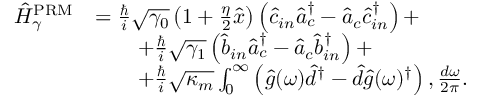
\begin{array} { r l } { \hat { H } _ { \gamma } ^ { \mathrm { P R M } } } & { = \frac { \hslash } { i } \sqrt { \gamma _ { 0 } } \left( 1 + \frac { \eta } { 2 } \hat { x } \right) \left( \hat { c } _ { i n } \hat { a } _ { c } ^ { \dagger } - \hat { a } _ { c } \hat { c } _ { i n } ^ { \dag } \right) + } \\ & { \qquad + \frac { \hslash } { i } \sqrt { \gamma _ { 1 } } \left( \hat { b } _ { i n } \hat { a } _ { c } ^ { \dagger } - \hat { a } _ { c } \hat { b } _ { i n } ^ { \dag } \right) + } \\ & { \qquad + \frac { \hslash } { i } \sqrt { \kappa _ { m } } \int _ { 0 } ^ { \infty } \left( \hat { g } ( \omega ) \hat { d } ^ { \dagger } - \hat { d } \hat { g } ( \omega ) ^ { \dag } \right) , \frac { d \omega } { 2 \pi } . } \end{array}